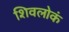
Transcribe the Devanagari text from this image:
शिवलोकं